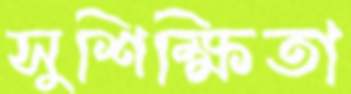
সুশিক্ষিতা